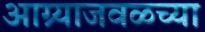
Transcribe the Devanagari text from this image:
आग्र्याजवळच्या